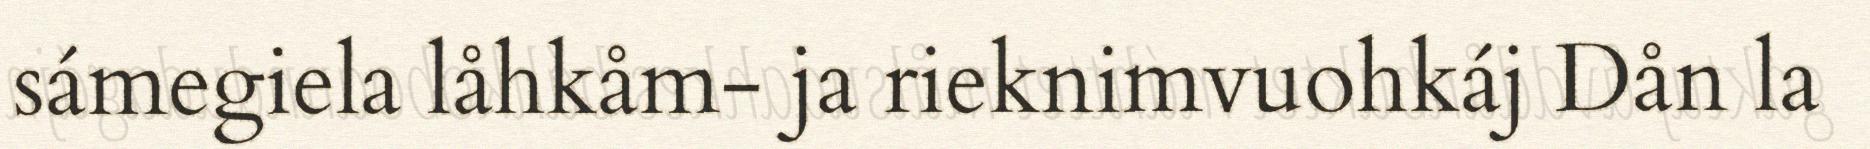
sámegiela låhkåm- ja rieknimvuohkáj Dån la